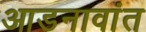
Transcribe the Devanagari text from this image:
आडनावांत